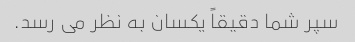
سپر شما دقیقاً یکسان به نظر می رسد.